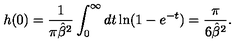
h ( 0 ) = { \frac { 1 } { \pi { \hat { \beta } } ^ { 2 } } } \int _ { 0 } ^ { \infty } d t \ln ( 1 - e ^ { - t } ) = \frac { \pi } { 6 { \hat { \beta } } ^ { 2 } } .